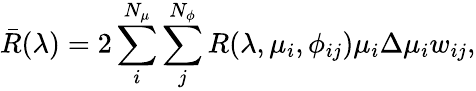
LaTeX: \bar{R}(\lambda)=2\sum_{i}^{N_{\mu}}\sum_{j}^{N_{\phi}}R(\lambda,\mu_{i},\phi_{ij})\mu_{i}\Delta\mu_{i}w_{ij},